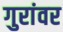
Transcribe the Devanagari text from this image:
गुरांवर